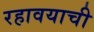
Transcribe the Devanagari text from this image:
रहावयाची